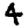
Digit: 4